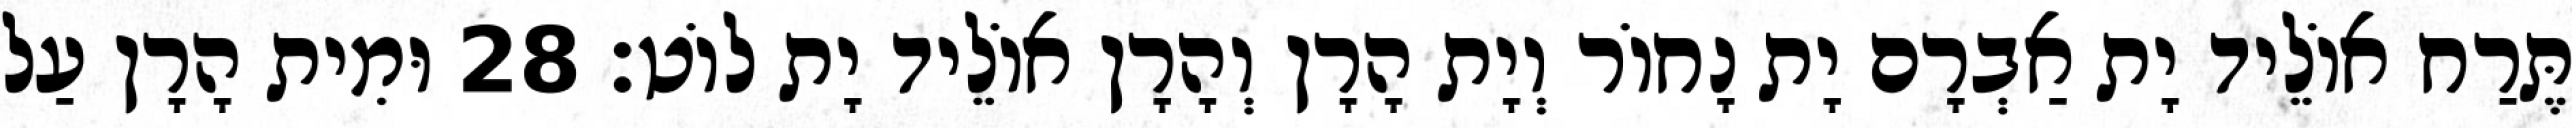
תֶּרַח אוֹלֵיד יָת אַבְרָם יָת נָחוֹר וְיָת הָרָן וְהָרָן אוֹלֵיד יָת לוֹט׃ 28 וּמִית הָרָן עַל